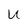
Character: u